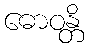
ဓောဝန္တိ